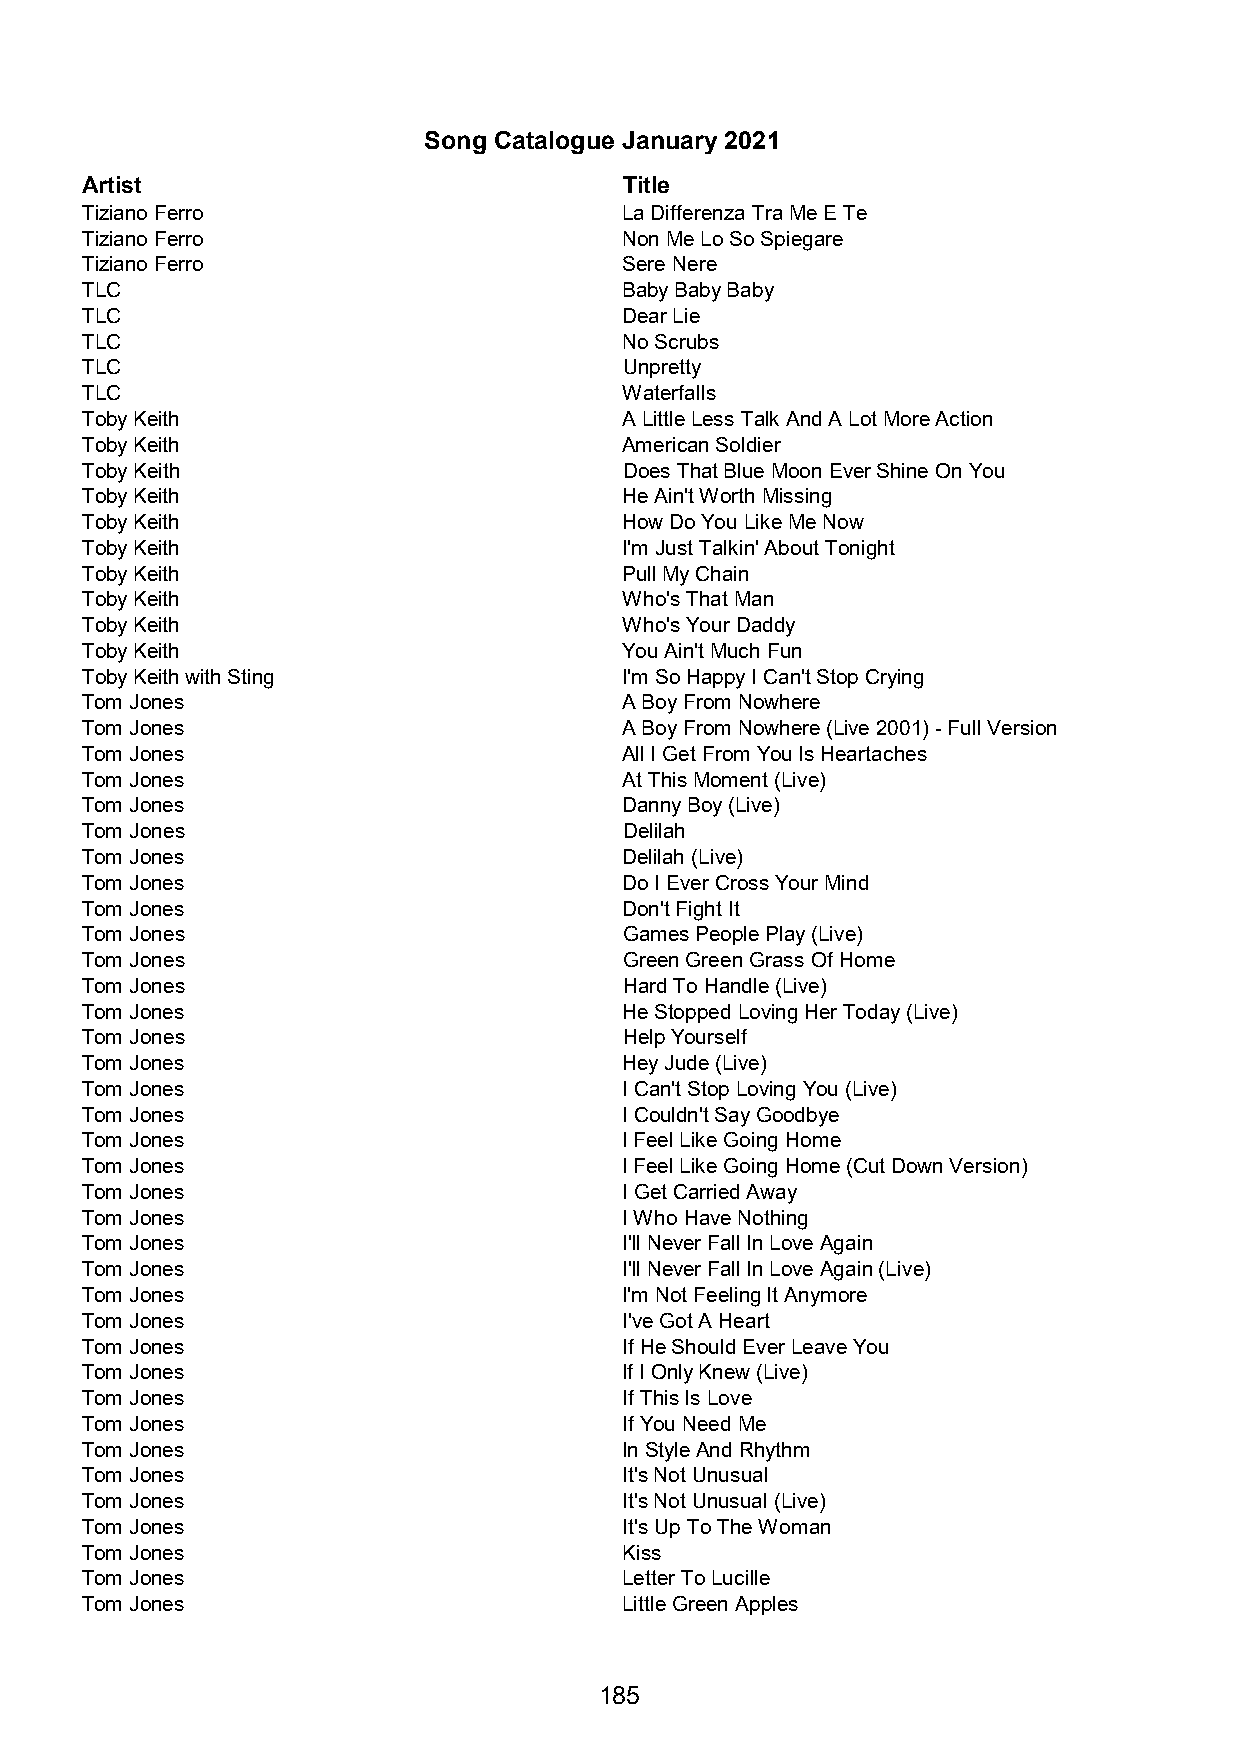
Song Catalogue January 2021
 Artist                              Title
 Tiziano Ferro                       La Differenza Tra Me E Te
 Tiziano Ferro                       Non Me Lo So Spiegare
 Tiziano Ferro                       Sere Nere
 TLC                                 Baby Baby Baby
 TLC                                 Dear Lie
 TLC                                 No Scrubs
 TLC                                 Unpretty
 TLC                                 Waterfalls
 Toby Keith                          A Little Less Talk And A Lot More Action
 Toby Keith                          American Soldier
 Toby Keith                          Does That Blue Moon Ever Shine On You
 Toby Keith                          He Ain't Worth Missing
 Toby Keith                          How Do You Like Me Now
 Toby Keith                          I'm Just Talkin' About Tonight
 Toby Keith                          Pull My Chain
 Toby Keith                          Who's That Man
 Toby Keith                          Who's Your Daddy
 Toby Keith                          You Ain't Much Fun
 Toby Keith with Sting               I'm So Happy I Can't Stop Crying
 Tom Jones                           A Boy From Nowhere
 Tom Jones                           A Boy From Nowhere (Live 2001) - Full Version
 Tom Jones                           All I Get From You Is Heartaches
 Tom Jones                           At This Moment (Live)
 Tom Jones                           Danny Boy (Live)
 Tom Jones                           Delilah
 Tom Jones                           Delilah (Live)
 Tom Jones                           Do I Ever Cross Your Mind
 Tom Jones                           Don't Fight It
 Tom Jones                           Games People Play (Live)
 Tom Jones                           Green Green Grass Of Home
 Tom Jones                           Hard To Handle (Live)
 Tom Jones                           He Stopped Loving Her Today (Live)
 Tom Jones                           Help Yourself
 Tom Jones                           Hey Jude (Live)
 Tom Jones                           I Can't Stop Loving You (Live)
 Tom Jones                           I Couldn't Say Goodbye
 Tom Jones                           I Feel Like Going Home
 Tom Jones                           I Feel Like Going Home (Cut Down Version)
 Tom Jones                           I Get Carried Away
 Tom Jones                           I Who Have Nothing
 Tom Jones                           I'll Never Fall In Love Again
 Tom Jones                           I'll Never Fall In Love Again (Live)
 Tom Jones                           I'm Not Feeling It Anymore
 Tom Jones                           I've Got A Heart
 Tom Jones                           If He Should Ever Leave You
 Tom Jones                           If I Only Knew (Live)
 Tom Jones                           If This Is Love
 Tom Jones                           If You Need Me
 Tom Jones                           In Style And Rhythm
 Tom Jones                           It's Not Unusual
 Tom Jones                           It's Not Unusual (Live)
 Tom Jones                           It's Up To The Woman
 Tom Jones                           Kiss
 Tom Jones                           Letter To Lucille
 Tom Jones                           Little Green Apples
 185